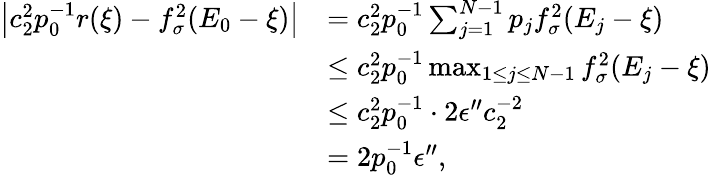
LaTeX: \begin{array}{rl}{\left|c_{2}^{2}p_{0}^{-1}r(\xi)-f_{\sigma}^{2}(E_{0}-\xi)\right|}&{=c_{2}^{2}p_{0}^{-1}\sum_{j=1}^{N-1}p_{j}f_{\sigma}^{2}(E_{j}-\xi)}\\ &{\le c_{2}^{2}p_{0}^{-1}\operatorname*{max}_{1\le j\le N-1}f_{\sigma}^{2}(E_{j}-\xi)}\\ &{\le c_{2}^{2}p_{0}^{-1}\cdot 2\epsilon^{\prime\prime}c_{2}^{-2}}\\ &{=2p_{0}^{-1}\epsilon^{\prime\prime},}\end{array}